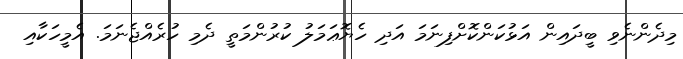
މިދެންނެވި ބީދައިން އަޅުކަންކޮށްފިނަމަ އަދި ހެޔޮޢަމަލު ކުރުންމަތީ ދެމި ހުރެއްޖެނަމަ. އެމީހަކާއި